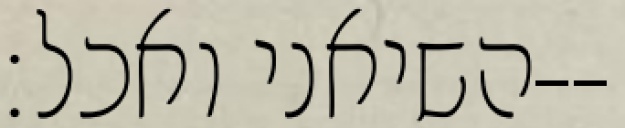
השיאני ואכל׃--